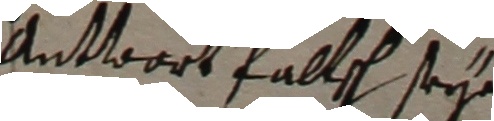
antwort falle sey